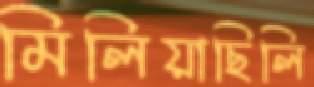
মিলিয়াছিলি